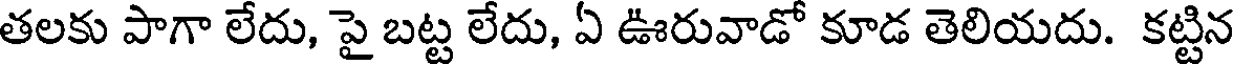
తలకు పాగా లేదు, పై బట్ట లేదు, ఏ ఊరువాడో కూడ తెలియదు. కట్టిన